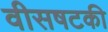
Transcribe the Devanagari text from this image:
वीसषटकी